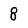
Character: 8